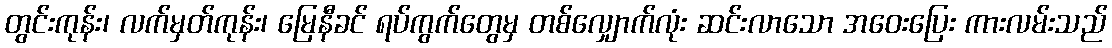
တွင်းကုန်း၊ လက်မှတ်ကုန်း၊ မြေနီခင် ရပ်ကွက်တွေမှ တစ်လျှောက်လုံး ဆင်းလာသော အဝေးပြေး ကားလမ်းသည်